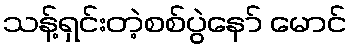
သန့်ရှင်းတဲ့စစ်ပွဲနော် မောင်